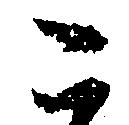
こ